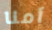
آمنا